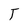
Character: T